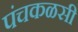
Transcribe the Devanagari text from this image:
पंचकळसी